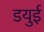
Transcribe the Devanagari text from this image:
डयुई